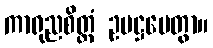
ကာရုညစိတ္တံ ဥပဋ္ဌပေတွာ။